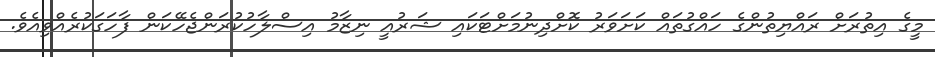
މީގެ އިތުރަށް ރައްޔިތުންގެ ހައްގުތައް ކަށަވަރު ކޮށްދިނުމަށްޓަކައި ޝަރުއީ ނިޒާމު އިސްލާހުކުރަންޖެހޭކަން ފާހަގަކުރެއްވިއެވެ.